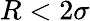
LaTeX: R<2\sigma